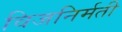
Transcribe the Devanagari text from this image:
विजनिर्मती